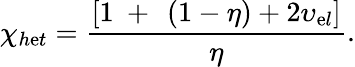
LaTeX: {{\chi}_{h\mathrm{e}t}}=\frac{{\left[1\mathrm{{~+~}}\left(1-\eta\right)+2{{\upsilon}_{\mathrm{e}l}}\right]}}{{\eta}}.